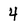
Character: 4